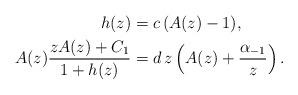
LaTeX: \begin{align*}h(z)&=c\,(A(z)-1),\\A(z)\frac{zA(z)+C_1}{1+h(z)}&=d\,z\left(A(z)+\frac{\alpha_{-1}}{z}{}\right).\end{align*}